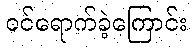
ဝင်ရောက်ခဲ့ကြောင်း